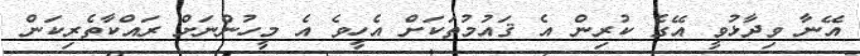
އޭނާ ވިދާޅުވީ އޭގެ ކުރިން އެ ޤައުމުތަކަށް އެހީވެ އެ މީހުންނަށް ރައްކާތެރިކަން